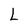
Character: L